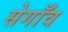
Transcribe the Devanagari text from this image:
सेगाँव